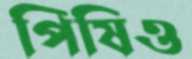
পিষিও